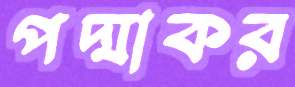
পদ্মাকর